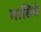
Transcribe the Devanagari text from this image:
मासिये